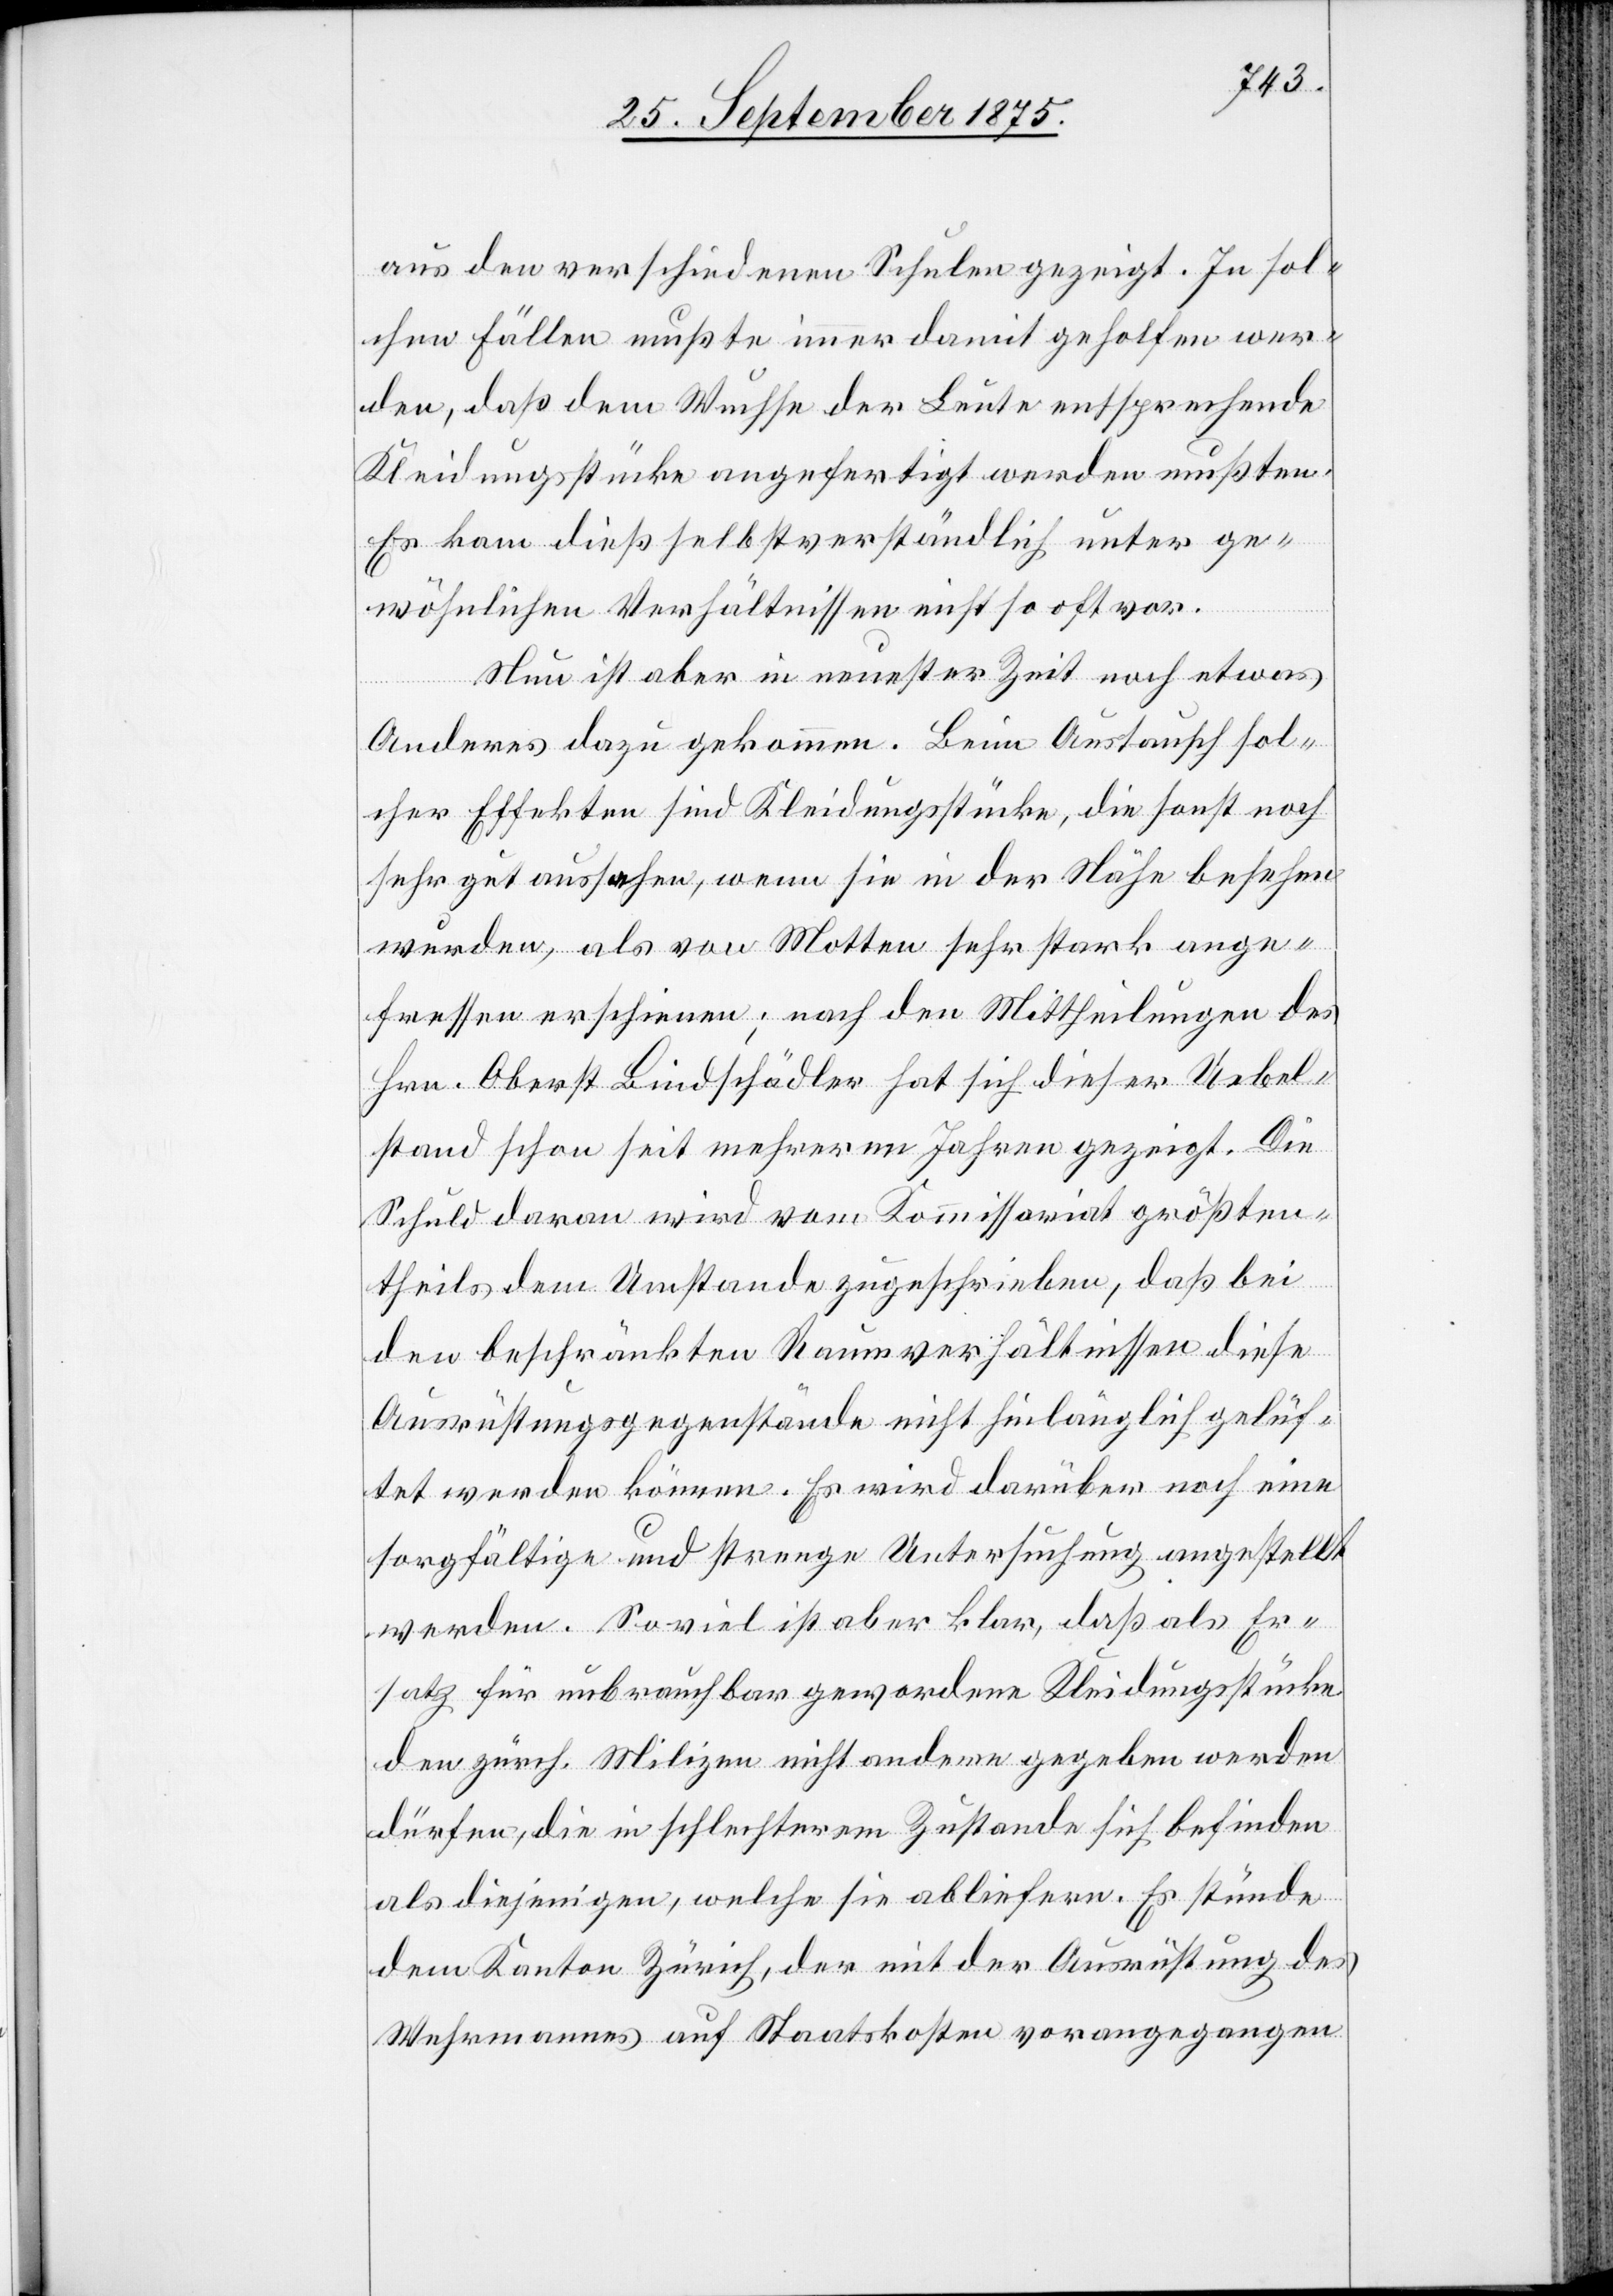
aus den verschiedenen Schulen gezeigt. In sol¬
chen Fällen mußte immer damit geholfen wer¬
den, daß dem Wuchse der Leute entsprechende
Kleidungsstücke angefertigt werden mußten.
Es kam dieß selbstverständlich unter ge¬
wöhnlichen Verhältnissen nicht so oft vor.
Nun ist aber in neuester Zeit noch etwas
Anderes dazu gekommen. Beim Austausch sol¬
cher Effekten sind Kleidungsstücke, die sonst noch
sehr gut aussahen, wenn sie in der Nähe besehen
wurden, als von Motten sehr stark ange¬
fressen erschienen; nach den Mittheilungen des
Hrn. Oberst Bindschädler hat sich dieser Uebel¬
stand schon seit mehreren Jahren gezeigt. Die
Schuld daran wird vom Kommissariat größten¬
theils dem Umstande zugeschrieben, daß bei
den beschränkten Raumverhältnissen diese
Ausrüstungsgegenstände nicht hinlänglich gelüf¬
tet werden können. Es wird darüber noch eine
sorgfältige und strenge Untersuchung angestellt
werden. So viel ist aber klar, daß als Er¬
satz für unbrauchbar gewordene Kleidungsstücke
den zürch. Milizen nicht andere gegeben werden
dürfen, die in schlechterem Zustande sich befinden
als diejenigen, welche sie abliefern. Es stünde
dem Kanton Zürich, der mit der Ausrüstung des
Wehrmannes auf Staatskosten vorangegangen